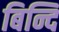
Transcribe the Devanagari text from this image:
बिन्दि